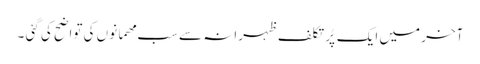
آخر میں ایک پُر تکلف ظہرانہ سے سب مھمانوں کی تواضح کی گئی ۔